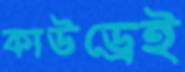
কাউড্রেই